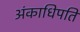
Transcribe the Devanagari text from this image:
अंकाधिपति